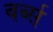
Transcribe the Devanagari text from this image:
बर्ब्स